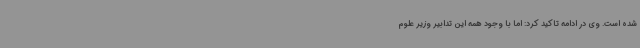
شده است. وی در ادامه تاکید کرد: اما با وجود همه این تدابیر وزیر علوم